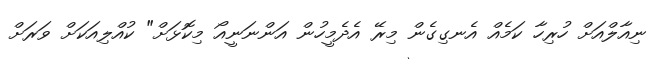
ނިއާލްއަށް ހުރިހާ ކަމެއް އެނގިގެން މިރޭ އެދެމީހުން އަންނަނީއޯ މިކޮޅަށް" ކުއްލިއަކަށް ވަރަށް